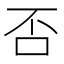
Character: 否